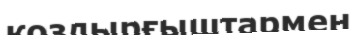
қоздырғыштармен